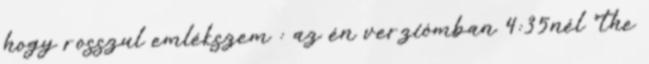
hogy rosszul emlékszem : az én verziómban 4:35nél “the